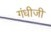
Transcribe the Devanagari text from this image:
गंधीजी